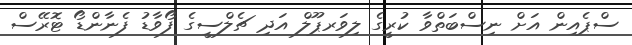
ސްޕެއިން އަށް ނިސްބަތްވާ ކުރީގެ ލިވަރޕޫލް އަދި ޗެލްސީގެ ފޯވާޑު ފެނާންޑޯ ޓޮރޭސް